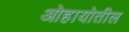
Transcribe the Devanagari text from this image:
ओहायोतील